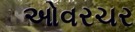
ઓવરચર